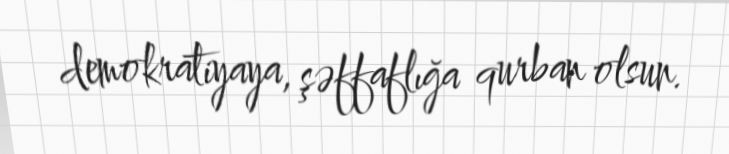
demokratiyaya, şəffaflığa qurban olsun.